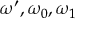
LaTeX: \omega ^ { \prime } , \omega _ { 0 } , \omega _ { 1 }